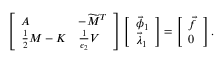
\begin{array} { r } { \left[ \begin{array} { l l } { A } & { - \widetilde { M } ^ { T } } \\ { \frac 1 2 M - K } & { \frac { 1 } { \epsilon _ { 2 } } V } \end{array} \right] \left[ \begin{array} { l } { \vec { \phi } _ { 1 } } \\ { \vec { \lambda } _ { 1 } } \end{array} \right] = \left[ \begin{array} { l } { \vec { f } } \\ { 0 } \end{array} \right] . } \end{array}